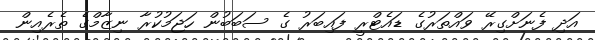
އަދި ފެނަށްގިރޭ ވައްތަރުގެ ޑައެޓްރީ ފައިބަރު ގެ ސަބަބުން ހަޖަމުކުރާ ނިޒާމްގެ ތެރެއިން